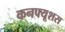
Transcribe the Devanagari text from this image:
कनफ्यूशस